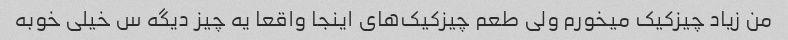
من زیاد چیزکیک میخورم ولی طعم چیزکیک‌های اینجا واقعا یه چیز دیگه س‌ خیلی خوبه